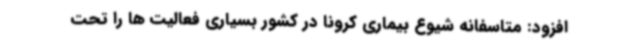
افزود: متاسفانه شیوع بیماری کرونا در کشور بسیاری فعالیت ها را تحت